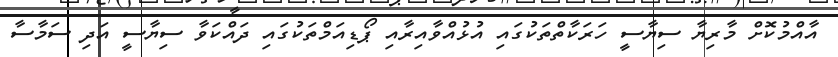
އާއްމުކޮށް މާރިޔާ ސިޔާސީ ހަރަކާތްތަކުގައި އުޅުއްވާއިރާއި ޕޯޑިއަމްތަކުގައި ދައްކަވާ ސިޔާސީ އަދި ސަމާސާ